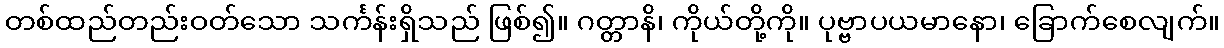
တစ်ထည်တည်းဝတ်သော သင်္ကန်းရှိသည် ဖြစ်၍။ ဂတ္တာနိ၊ ကိုယ်တို့ကို။ ပုဗ္ဗာပယမာနော၊ ခြောက်စေလျက်။